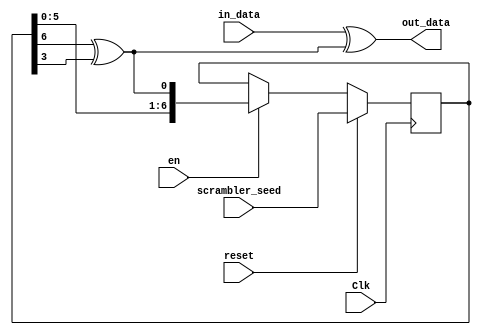
`timescale 1ns / 1ps
//////////////////////////////////////////////////////////////////////////////////
// Company: 
// Engineer: 
// 
// Design Name: 
// Module Name:    scrambler 
// Project Name: 
// Target Devices: 
// Tool versions: 
// Description: 
//
// Dependencies: 
//
// Revision: 
// Revision 0.01 - File Created
// Additional Comments: 
//
//////////////////////////////////////////////////////////////////////////////////
module scrambler(
	 in_data,
	 Clk,
	 scrambler_seed,
	 reset,
	 en,
	 out_data
);
	input in_data;
	input reset;
	input Clk;
	input en;
	input[6:0]scrambler_seed;
	output out_data;
	
	wire feedback;
	reg [6:0]seed;
	
	assign feedback = seed[6] ^ seed[3];
	assign out_data = in_data ^ feedback;
	
	always@(posedge Clk)
	begin
	
		if(reset)begin
			seed <= scrambler_seed;
		end
		else if(en)begin
			seed <= {seed[5:0] , feedback};
		end
	
	end
	
	
	
endmodule